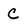
Character: C